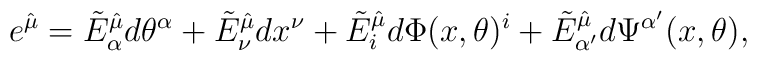
e^{\hat \mu}=\tilde E^{\hat \mu}_\alpha d\theta^\alpha+\tilde E^{\hat \mu}_\nu dx^\nu+ \tilde E^{\hat \mu}_i d\Phi(x,\theta)^i+\tilde E^{\hat\mu}_{\alpha'}d\Psi^{\alpha'}(x,\theta),